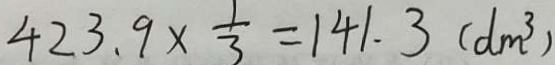
4 2 3 . 9 \times \frac { 1 } { 3 } = 1 4 1 . 3 ( d m ^ { 3 } )